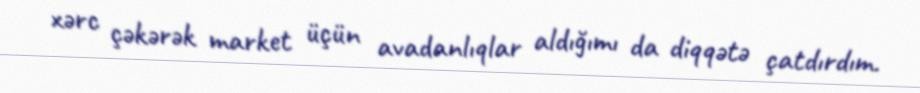
xərc çəkərək market üçün avadanlıqlar aldığımı da diqqətə çatdırdım.